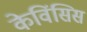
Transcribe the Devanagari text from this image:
केविंसिस